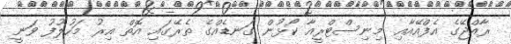
ރާއްޖޭގެ އެފްއޭއާއި މިނިސްޓްރީއާ ކޯޅުން ގަނޑެއްގެ ތެރޭގައި އޮތް އިރު މަހުލޫފު ވަނީ